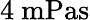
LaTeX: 4~\mathrm{mPas}